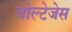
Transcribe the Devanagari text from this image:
वोल्टेजेस